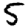
Digit: 5